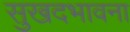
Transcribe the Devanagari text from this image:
सुखदभावना